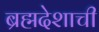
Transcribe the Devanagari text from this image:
ब्रह्मदेशाची